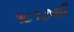
૧૮૧૭થી